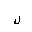
Letter: _lam